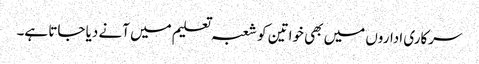
سرکاری اداروں میں بھی خواتین کو شعبہ تعلیم میں آنے دیا جاتا ہے۔